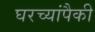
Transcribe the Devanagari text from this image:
घरच्यांपैकी